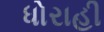
ધોરાહી